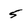
Character: 5